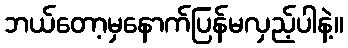
ဘယ်တော့မှနောက်ပြန်မလှည့်ပါနဲ့။